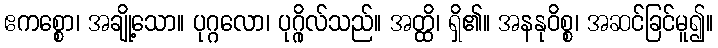
ဧကစ္စော၊ အချို့သော။ ပုဂ္ဂလော၊ ပုဂ္ဂိုလ်သည်။ အတ္ထိ၊ ရှိ၏။ အနနုဝိစ္စ၊ အဆင်ခြင်မူ၍။